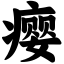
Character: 瘿